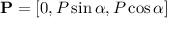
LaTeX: \mathbf { P } = [ 0 , P \sin \alpha , P \cos \alpha ]